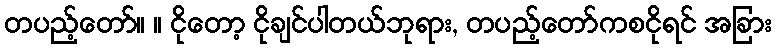
တပည့်တော်။ ။ ငိုတော့ ငိုချင်ပါတယ်ဘုရား, တပည့်တော်ကစငိုရင် အခြား